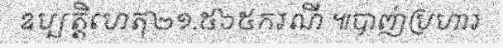
ឧប្បត្តិហេតុ២១.៥៦៥ករណី ៕បាញ់ប្រហារ